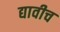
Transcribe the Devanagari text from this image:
द्यावीच